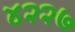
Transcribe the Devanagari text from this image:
४२२७